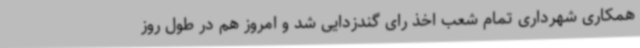
همکاری شهرداری تمام شعب اخذ رای گندزدایی شد و امروز هم در طول روز